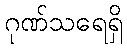
ဂုဏ်သရေရှိ